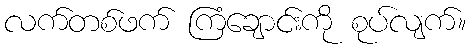
လက်တစ်ဖက် ကြံချောင်းကို စုပ်လျက်။